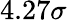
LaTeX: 4.27\sigma